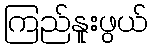
ကြည်နူးဖွယ်